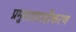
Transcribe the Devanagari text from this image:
प्रमुखप्रवाहीकरण